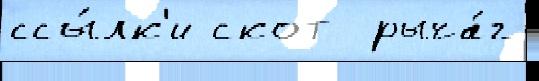
ссы́лк'и скот  рыча́г